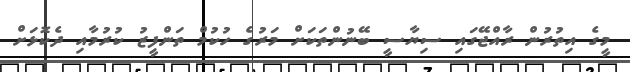
މީގެ އިތުރުން ރާއްޖޭގައި ސިޔާސީ ބޭނުންތަކަށް މަރުގެ ހުކުމް ތަންފީޒު ކުރުމާއި ދެކޮޅަށް